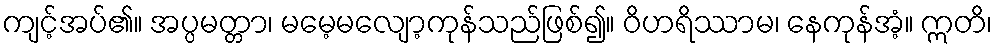
ကျင့်အပ်၏။ အပ္ပမတ္တာ၊ မမေ့မလျော့ကုန်သည်ဖြစ်၍။ ဝိဟရိဿာမ၊ နေကုန်အံ့။ ဣတိ၊